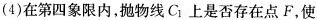
(4)在第四象限内，抛物线C_{1}上是否存在点F，使